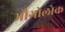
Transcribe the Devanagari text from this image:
भौगोलोक